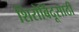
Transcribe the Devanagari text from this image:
शिरोबिंदूसाठी